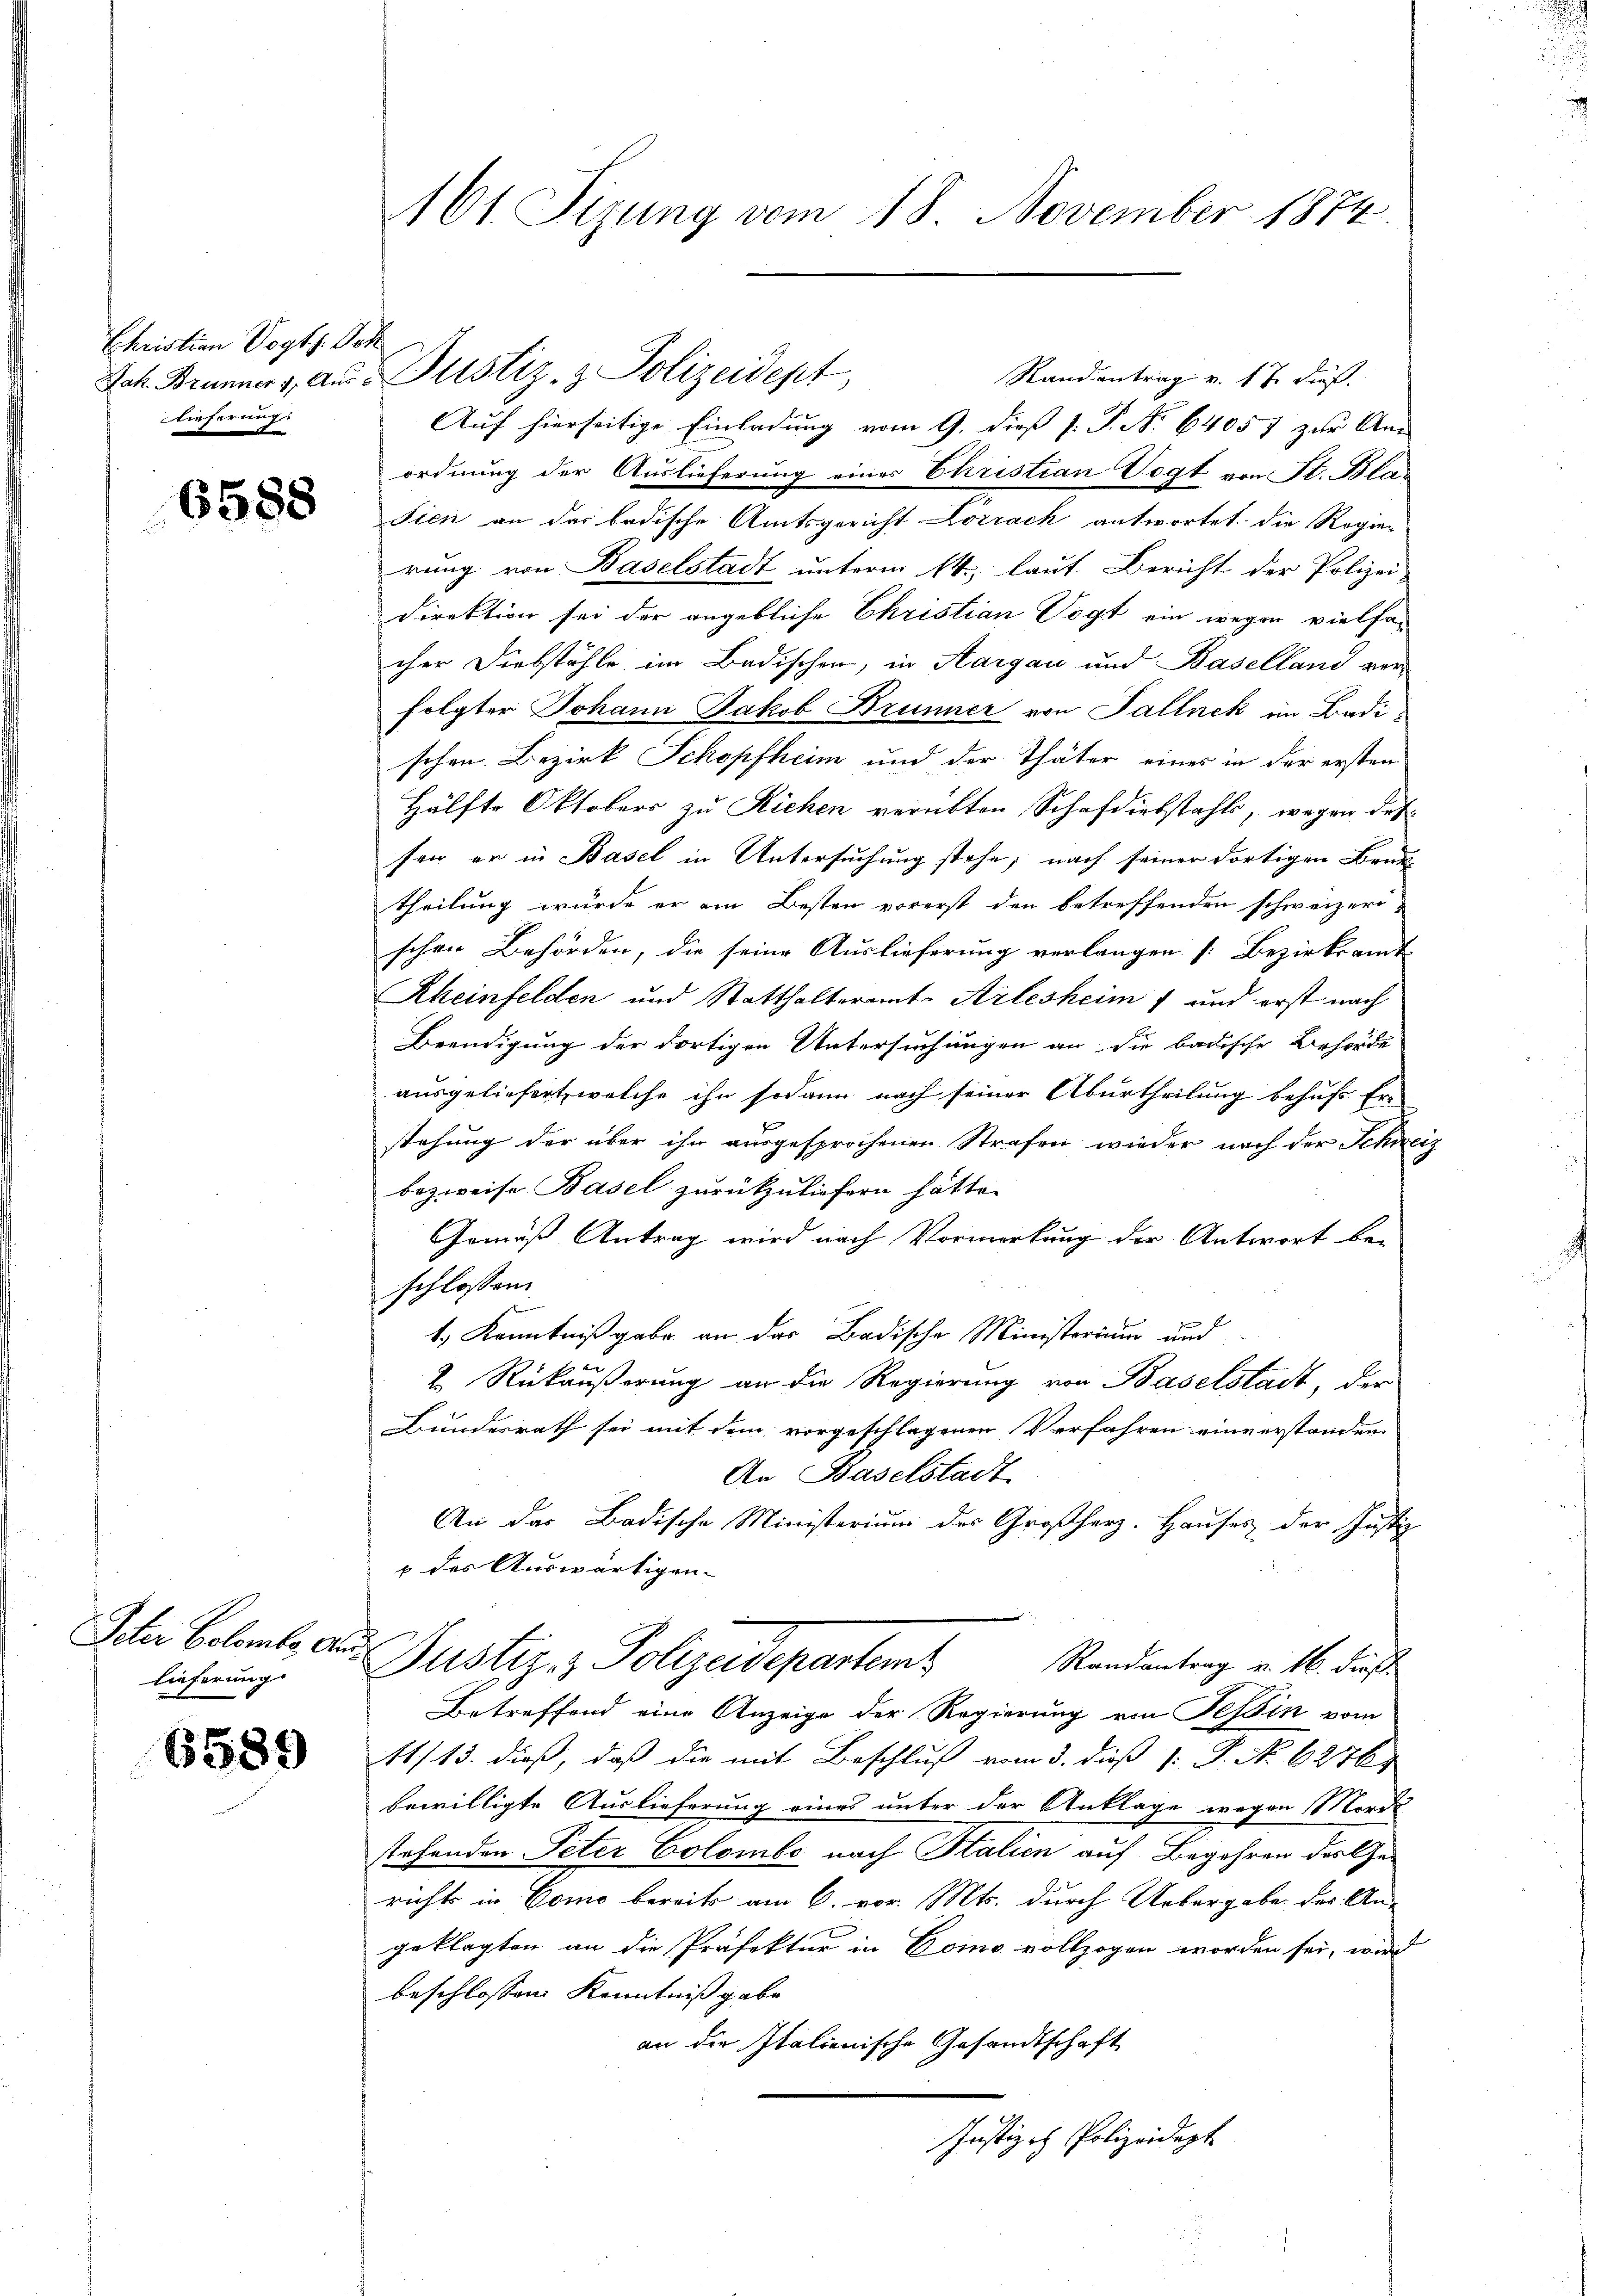
Ehristian Vogts. Joh
Tieferung.

6588

Peter Colombe Aus

6589

161. Sizung vom 18. November 1874.

Stand antrag v. 17. dieß.
Auf hierseitige Einladung vom 9. dieß P. P. No. 64057 zur An
ordnung der Auslieferung einer Christian Vogt von St. Bla¬
Sien an das badische Amtsgericht Lörrack antwortet die Regierung von Baselstadt unterm 14., laut Bericht der Polizei-
direktion sei der angebliche Ehristian Vogt ein wegen vielfa
cher Diebstähle im Badischen, in Aargau und Baselland ver-
folgter Johann Jakob Brunner von Sallnek im Badischen Bezirk Schopfheim und der Thäter eines in der ersten
Hälfte Oktobers zu Richen verübten Schafdiebstahls, wegen des
sen er in Basel in Untersuchung stehe; nach seiner dortigen Brud
theilung würde er ein Besten vorerst den betreffenden schweizeri-
schen Behörden, die seine Auslieferung verlangen [Bezirksamt
Rheinfelden und Statthalteramt-Arlesheim 1 und erst nach
Beendigung der dortigen Untersuchungen an die badische Behörde
ausgeliefert, welche ihn sodann nach seiner Aburtheilung behufs Er-
stehung der über ihn ausgesprochenen Strafen wieder nach der Schwer
bezweife Basel zurückzuliefern hätte.
Gemäß Antrag wird nach Vormerkung der Antwort be-
schlossen
1.) Kenntnißgabe an das Badische Ministerium und
1 f 20
2. Rückäußerung an die Regierung von Baselstadt, der
Bundesrath sei mit dem vorgeschlagenen Verfahren einvorstanden
An Baselstadt
An das Badische Ministerium des Großherz. Hauses der Justiz
 des Auswärtigen-
Randantrag v. 16. dieß
licherung. Justiz & Polizeidepartens
Betreffend eine Anzeige der Regierung von Tessin vom
11/13. dieß, daß die mit Beschluß vom 3. dieß 1: P. No. 6276
bewilligte Auslieferung eines unter der Anklage wegen Morde
stehenden Peter Colombe nach Stalien auf Begehren des Gerichts in Como bereits am 6. vor. Mts. durch Uebergabe des An-
geklagten an die Präfektur in Como vollzogen worden sei, wird
beschlossen Kenntniß gebe
an die Italienische Gesandtschaft
Justizch Polizeidept

Jah. Brunners, aus Justiz- & Polizeidept,